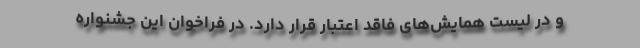
و در لیست همایش‌های فاقد اعتبار قرار دارد. در فراخوان این جشنواره